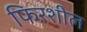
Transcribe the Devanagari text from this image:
फिरशील